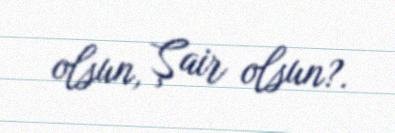
olsun, Şair olsun?.